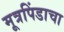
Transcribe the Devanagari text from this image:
मूत्रपिंडाचा